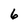
Character: 6